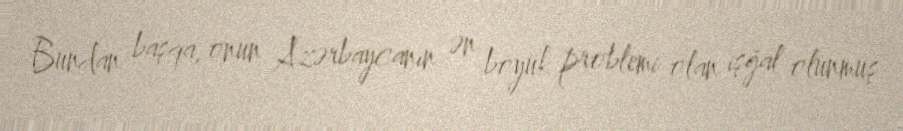
Bundan başqa, onun Azərbaycanın ən böyük problemi olan işğal olunmuş